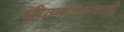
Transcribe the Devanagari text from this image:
जीवनविकासाठी